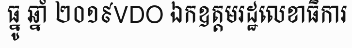
ធ្នូ ឆ្នាំ ២០១៩VDO ឯកឧត្តមរដ្ឋលេខាធិការ